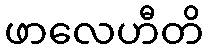
ဖာလေဟီတိ